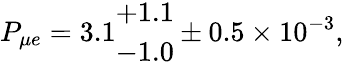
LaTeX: P_{\mu e}=3.1\begin{array}{l}{{+1.1}}\\ {{-1.0}}\end{array}\pm 0.5\times 10^{-3},